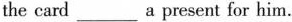
the card_ a present for him.